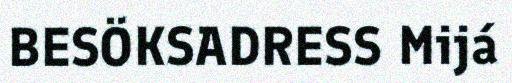
BESÖKSADRESS Mijá